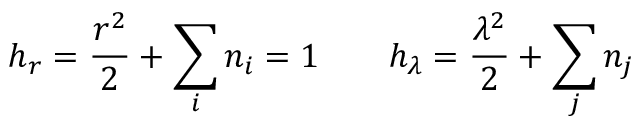
h _ { r } = \frac { r ^ { 2 } } { 2 } + \sum _ { i } n _ { i } = 1 ~ ~ ~ ~ ~ ~ h _ { \lambda } = \frac { \lambda ^ { 2 } } { 2 } + \sum _ { j } n _ { j }